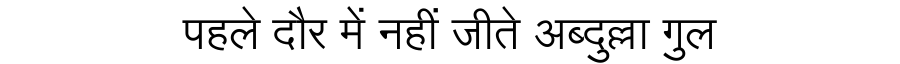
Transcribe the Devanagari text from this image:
पहले दौर में नहीं जीते अब्दुल्ला गुल